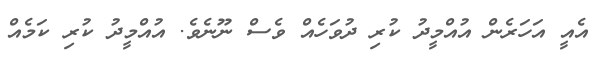
އެއީ އަހަރެން އުއްމީދު ކުރި ދުވަހެއް ވެސް ނޫނެވެ. އުއްމީދު ކުރި ކަމެއް